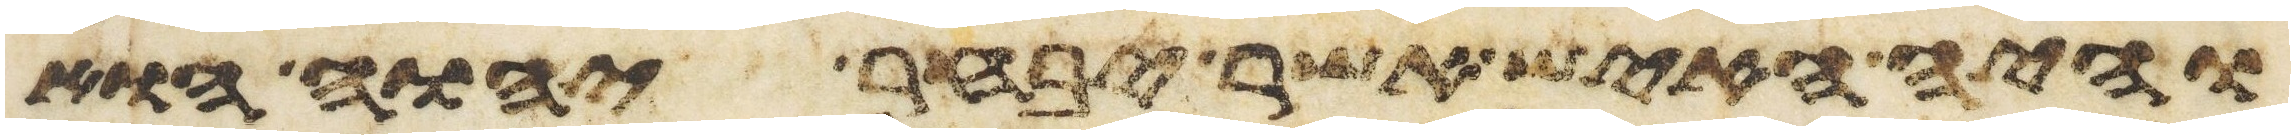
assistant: והיה האיש אשר יבחר יהוה הוא